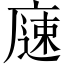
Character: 𱝇